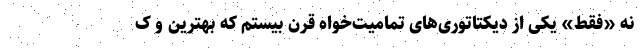
نه «فقط» یکی از دیکتاتوری‌های تمامیت‌خواه قرن بیستم که بهترین و ک